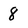
Character: 8